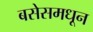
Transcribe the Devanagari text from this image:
बसेसमधून